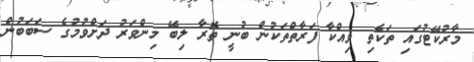
މާރުކޭޓުގައި ތަކެތި ވިއްކާ ފަރާތްތަކުން ބުނީ ތޮރާ ލިބޭ މިންވަރު ދަށްވުމުގެ ސަބަބުން